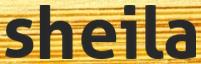
sheila